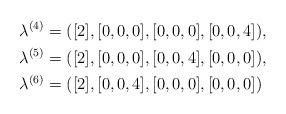
LaTeX: \begin{align*}\lambda^{(4)}&=([2],[0,0,0],[0,0,0],[0,0,4]),\\\lambda^{(5)}&=([2],[0,0,0],[0,0,4],[0,0,0]),\\\lambda^{(6)}&=([2],[0,0,4],[0,0,0],[0,0,0])\end{align*}